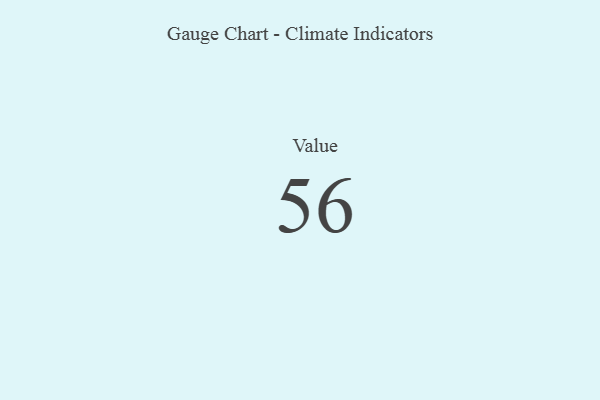
{"axis": {"x": "Metric", "y": "Value"}, "legend": [""], "data": [{"x": "Value", "y": 56, "type": ""}]}